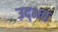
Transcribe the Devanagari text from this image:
उद्‍भव